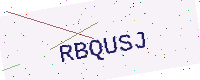
Text: RBQUSJ